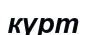
күрт